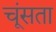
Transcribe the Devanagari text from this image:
चूंसता